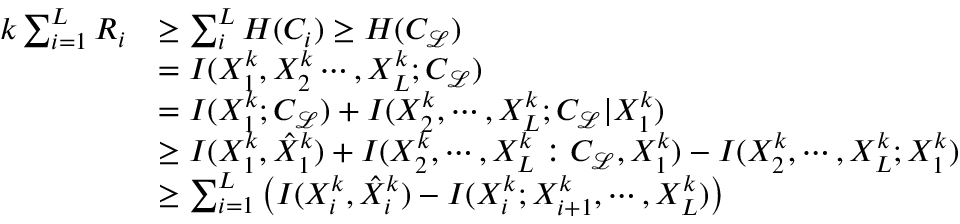
\begin{array} { r l } { k \sum _ { i = 1 } ^ { L } R _ { i } } & { \geq \sum _ { i } ^ { L } H ( C _ { i } ) \geq H ( C _ { \mathcal { L } } ) } \\ & { = I ( X _ { 1 } ^ { k } , X _ { 2 } ^ { k } \cdots , X _ { L } ^ { k } ; C _ { \mathcal { L } } ) } \\ & { = I ( X _ { 1 } ^ { k } ; C _ { \mathcal { L } } ) + I ( X _ { 2 } ^ { k } , \cdots , X _ { L } ^ { k } ; C _ { \mathcal { L } } | X _ { 1 } ^ { k } ) } \\ & { \geq I ( X _ { 1 } ^ { k } , \hat { X } _ { 1 } ^ { k } ) + I ( X _ { 2 } ^ { k } , \cdots , X _ { L } ^ { k } : C _ { \mathcal { L } } , X _ { 1 } ^ { k } ) - I ( X _ { 2 } ^ { k } , \cdots , X _ { L } ^ { k } ; X _ { 1 } ^ { k } ) } \\ & { \geq \sum _ { i = 1 } ^ { L } \left( I ( X _ { i } ^ { k } , \hat { X } _ { i } ^ { k } ) - I ( X _ { i } ^ { k } ; X _ { i + 1 } ^ { k } , \cdots , X _ { L } ^ { k } ) \right) } \end{array}